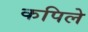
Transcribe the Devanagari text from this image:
कपिले